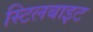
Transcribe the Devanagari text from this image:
स्टिलबाइट